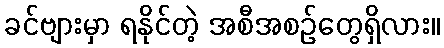
ခင်ဗျားမှာ ရနိုင်တဲ့ အစီအစဉ်တွေရှိလား။